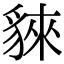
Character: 𧳟